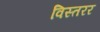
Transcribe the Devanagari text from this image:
विस्तरर